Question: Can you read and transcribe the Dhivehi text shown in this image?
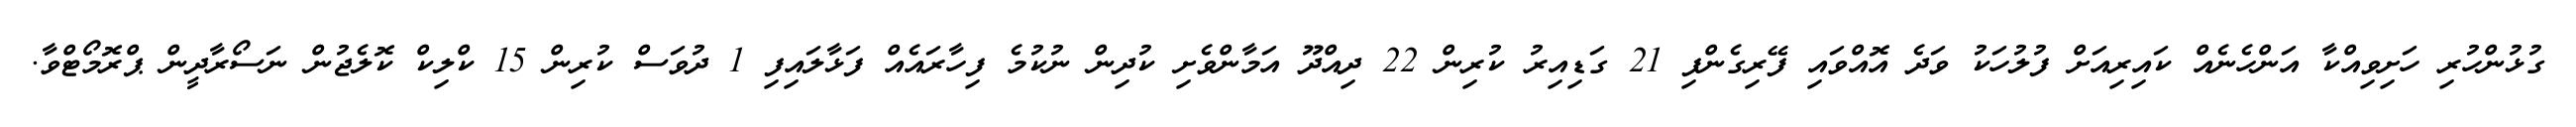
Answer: ގުޅުންހުރި ހަށިވިއްކާ އަންހެނެއް ކައިރިއަށް ފުލުހަކު ވަދެ އޮއްވައި ފޭރިގެންފި 21 ގަޑިއިރު ކުރިން 22 ދިއްދޫ އަމާންވެށި ކުދިން ނުކުމެ ފިހާރައެއް ފަޅާލައިފި 1 ދުވަސް ކުރިން 15 ކްލިކް ކޮލެޖުން ނަސޯރާދީން ޕްރޮމޯޓްވާ.